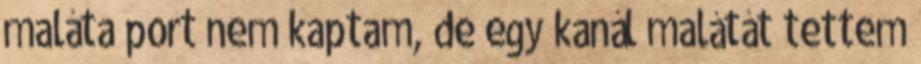
maláta port nem kaptam, de egy kanál malátát tettem